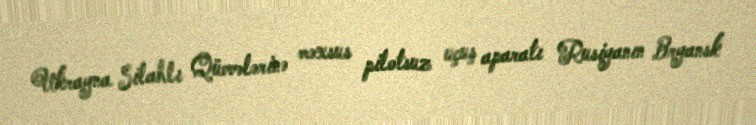
Ukrayna Silahlı Qüvvələrinə məxsus pilotsuz uçuş aparatı Rusiyanın Bryansk